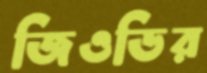
জিওডির